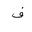
Letter: _fa